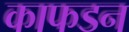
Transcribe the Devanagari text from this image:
काफडन